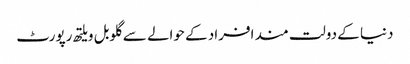
دنیا کے دولت مند افراد کے حوالے سے گلوبل ویلتھ رپورٹ